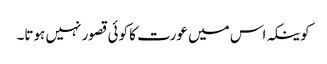
کوینکہ اس میں عورت کا کوئی قصور نہیں ہوتا۔